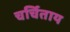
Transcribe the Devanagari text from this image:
चर्चिताय